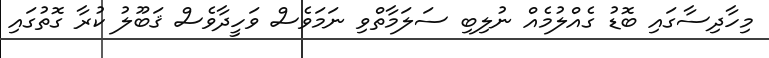
މިހާދިސާގައި ބޮޑު ގެއްލުމެއް ނުލިބި ސަލަމާތްވި ނަމަވެސް ވަހީދާވެސް ޤަބޫލު ކުރާ ގޮތުގައި